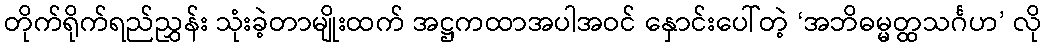
တိုက်ရိုက်ရည်ညွှန်း သုံးခဲ့တာမျိုးထက် အဋ္ဌကထာအပါအဝင် နှောင်းပေါ်တဲ့ ‘အဘိဓမ္မတ္ထသင်္ဂဟ’ လို